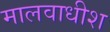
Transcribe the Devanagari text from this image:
मालवाधीश